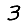
Digit: 3